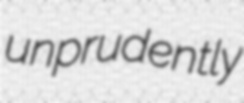
unprudently